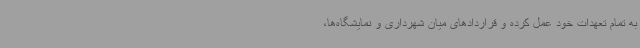
به تمام تعهدات خود عمل کرده و قراردادهای میان شهرداری و نمایشگاه‌ها،